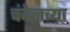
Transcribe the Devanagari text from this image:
चंदेलच्या